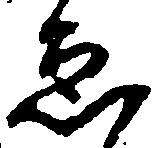
ゑ